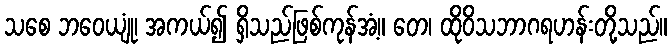
သစေ ဘဝေယျုံ၊ အကယ်၍ ရှိသည်ဖြစ်ကုန်အံ့။ တေ၊ ထိုဝိသဘာဂရဟန်းတို့သည်။